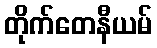
တိုက်တေနီယမ်